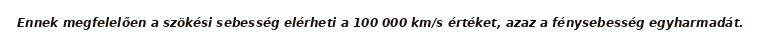
Ennek megfelelően a szökési sebesség elérheti a 100 000 km/s értéket, azaz a fénysebesség egyharmadát.